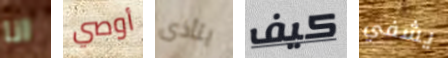
انا أوصي يتأذى كيف يشفي